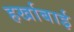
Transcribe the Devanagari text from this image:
हर्खाबाई